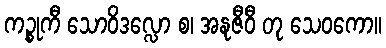
ကဉ္စုကီ သောဝိဒလ္လော စ၊ အနုဇီဝီ တု သေဝကော။